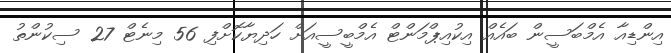
އިންޑިއާ އެމްބަސީން ބައެއް އިކުއިޕްމަންޓް އެމްބީސީއަށް ހަދިޔާކޮށްފި 56 މިނެޓް 27 ސިކުންތު